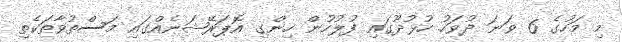
މި މަހުގެ 6 ވަނަ ދުވަހު ހުޅުދޫގައި ފުލުހުން ހިންގި އޮޕަރޭޝަނެއްގައި މަސްތުވާތަކެތި